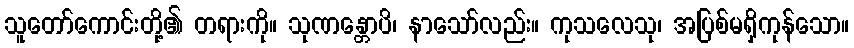
သူတော်ကောင်းတို့၏ တရားကို။ သုဏန္တောပိ၊ နာသော်လည်း။ ကုသလေသု၊ အပြစ်မရှိကုန်သော။